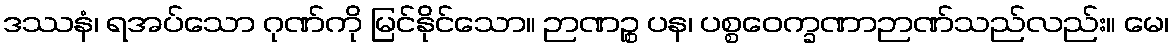
ဒဿနံ၊ ရအပ်သော ဂုဏ်ကို မြင်နိုင်သော။ ဉာဏဉ္စ ပန၊ ပစ္စဝေက္ခဏာဉာဏ်သည်လည်း။ မေ၊